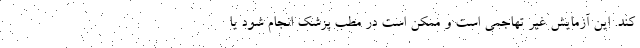
کند. این آزمایش غیر تهاجمی است و ممکن است در مطب پزشک انجام شود یا